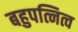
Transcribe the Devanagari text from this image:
बहुपत्नित्व